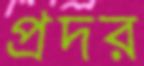
প্রদর